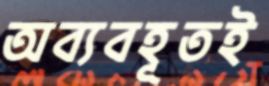
অব্যবহূতই